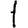
Digit: 1